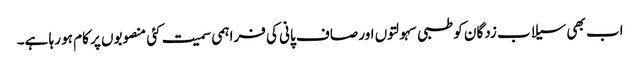
اب بھی سیلاب زدگان کو طبی سہولتوں اور صاف پانی کی فراہمی سمیت کئی منصوبوں پر کام ہو رہا ہے۔